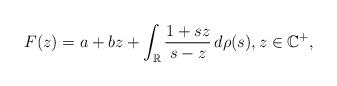
LaTeX: \begin{align*}F(z)=a+bz+\int_{\mathbb{R}}\frac{1+sz}{s-z}\,d\rho(s), z \in \mathbb{C}^{+},\end{align*}